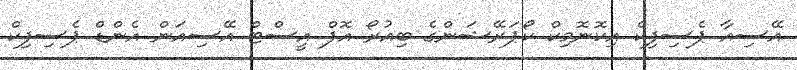
އޭސިއާ ޕެސިފިކް އިކޮނޮމިކް ކޯޕަރޭޝަންގެ ބިއުރޯ އޮފް އީސްޓް އޭސިއަން އެންޑް ޕެސިފިކް